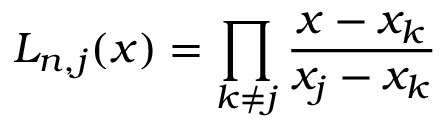
L _ { n , j } ( x ) = \prod _ { k \neq j } { \frac { x - x _ { k } } { x _ { j } - x _ { k } } }